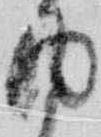
内